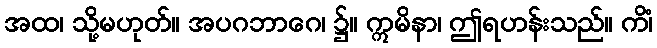
အထ၊ သို့မဟုတ်။ အပဂဘာဂေ၊ ၌။ ဣမိနာ၊ ဤရဟန်းသည်။ ကိံ၊